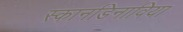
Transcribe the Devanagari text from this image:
स्कानडिनाविया